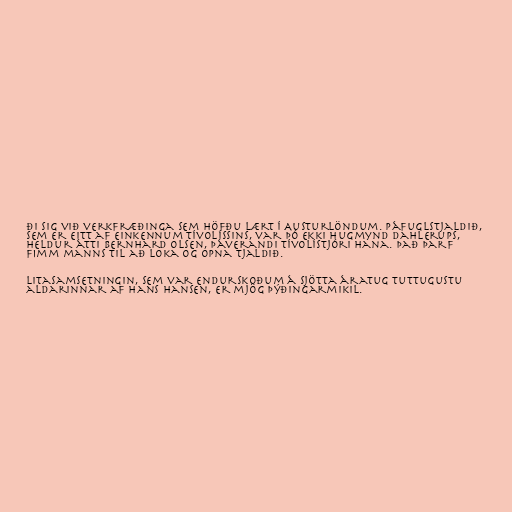
ði sig við verkfræðinga sem höfðu lært í Austurlöndum. Páfuglstjaldið,
sem er eitt af einkennum Tívolíssins, var þó ekki hugmynd Dahlerups,
heldur átti Bernhard Olsen, þáverandi Tívolístjóri hana. Það þarf
fimm manns til að loka og opna tjaldið.

Litasamsetningin, sem var endurskoðum á sjötta áratug tuttugustu
aldarinnar af Hans Hansen, er mjög þýðingarmikil.